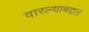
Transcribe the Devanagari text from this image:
वारल्याबद्दल